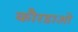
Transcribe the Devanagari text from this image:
कौरडाओ